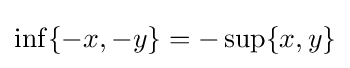
\inf\{-x,-y\}=-\sup\{x,y\}